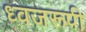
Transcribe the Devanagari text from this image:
ध्वजरूपी